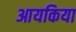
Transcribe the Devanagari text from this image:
आयकिया